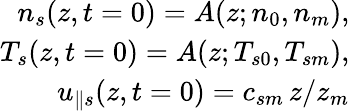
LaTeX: \begin{array}{r}{n_{s}(z,t=0)=A(z;n_{0},n_{m}),}\\ {T_{s}(z,t=0)=A(z;T_{s0},T_{sm}),}\\ {u_{\parallel s}(z,t=0)=c_{sm}\, z/z_{m}}\end{array}